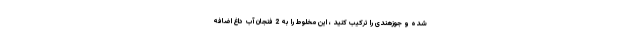
شده و جوزهندی را ترکیب کنید ، این مخلوط را به 2 فنجان آب داغ اضافه